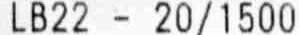
LB22 - 20/1500